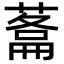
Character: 𮐬